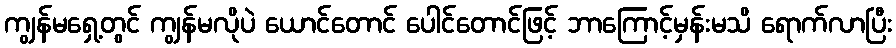
ကျွန်မရှေ့တွင် ကျွန်မလိုပဲ ယောင်တောင် ပေါင်တောင်ဖြင့် ဘာကြောင့်မှန်းမသိ ရောက်လာပြီး